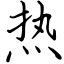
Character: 热